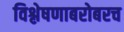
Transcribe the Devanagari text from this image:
विश्लेषणाबरोबरच